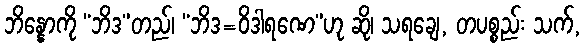
ဘိန္နောကို “ဘိဒ”တည်၊ “ဘိဒ=ဝိဒါရဏေ”ဟု ဆို၊ သရချေ, တပစ္စည်း သက်,